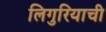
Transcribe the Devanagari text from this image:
लिगुरियाची